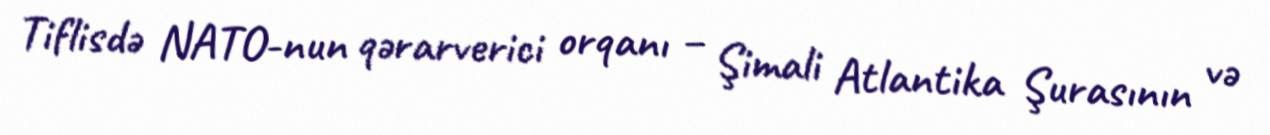
Tiflisdə NATO-nun qərarverici orqanı – Şimali Atlantika Şurasının və